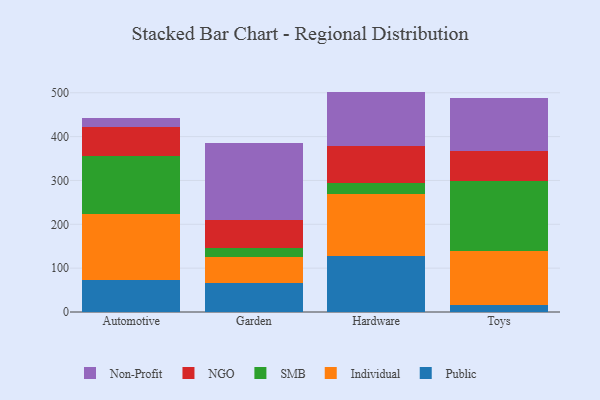
{"axis": {"x": "Category", "y": "Humidity (%)"}, "legend": ["Individual", "NGO", "Non-Profit", "Public", "SMB"], "data": [{"x": "Automotive", "y": 73.5, "type": "Public"}, {"x": "Automotive", "y": 150.8, "type": "Individual"}, {"x": "Automotive", "y": 130.7, "type": "SMB"}, {"x": "Automotive", "y": 68.1, "type": "NGO"}, {"x": "Automotive", "y": 20.4, "type": "Non-Profit"}, {"x": "Garden", "y": 66.1, "type": "Public"}, {"x": "Garden", "y": 59.6, "type": "Individual"}, {"x": "Garden", "y": 19.3, "type": "SMB"}, {"x": "Garden", "y": 65.3, "type": "NGO"}, {"x": "Garden", "y": 175.1, "type": "Non-Profit"}, {"x": "Hardware", "y": 127.0, "type": "Public"}, {"x": "Hardware", "y": 141.8, "type": "Individual"}, {"x": "Hardware", "y": 24.8, "type": "SMB"}, {"x": "Hardware", "y": 85.7, "type": "NGO"}, {"x": "Hardware", "y": 123.4, "type": "Non-Profit"}, {"x": "Toys", "y": 16.5, "type": "Public"}, {"x": "Toys", "y": 121.8, "type": "Individual"}, {"x": "Toys", "y": 159.7, "type": "SMB"}, {"x": "Toys", "y": 70.0, "type": "NGO"}, {"x": "Toys", "y": 120.5, "type": "Non-Profit"}]}